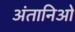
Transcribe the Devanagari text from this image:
अंतानिओ